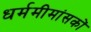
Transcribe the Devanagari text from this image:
धर्ममीमांसकों